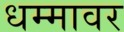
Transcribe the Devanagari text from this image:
धम्मावर